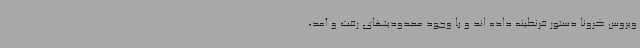
ویروس کرونا دستور قرنطینه داده اند و با وجود محدودیتهای رفت و آمد،